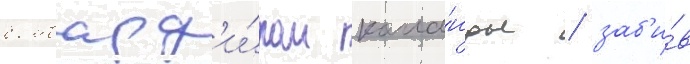
бомбард'и́ром кома́нды / заб'и́в